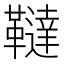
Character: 韃